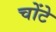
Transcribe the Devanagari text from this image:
चोंटे